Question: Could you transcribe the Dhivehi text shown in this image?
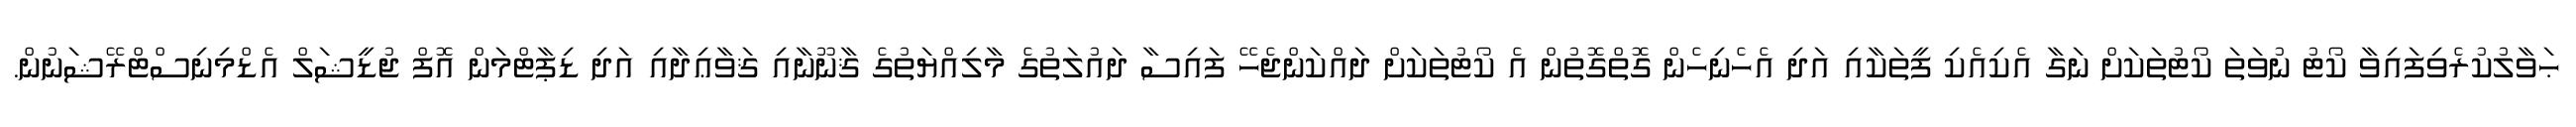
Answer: ޙަވާލުކުރެވިފައިވާ ކޯޓު ނުވަތަ ކޯޓުތަކަށް ނަގާ އެކިއެކި ފީތަކާއި އަދި އެހެނިހެން ގޮތްގޮތުން އެ ކޯޓުތަކަށް ދައްކަންޖެހޭ ފައިސާ ދައުލަތުގެ މާލިއްޔަތުގެ ޤާނޫނާއި ޤަވާޢިދާއި އަދި ޑިޕާޓްމަން އޮފް ޖުޑީޝަލް އެޑްމިނިސްޓްރޭޝަނުން.